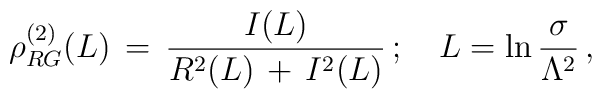
\rho^{(2)}_{RG} (L)\,=\,\frac{I(L)}{R^2(L)\,+\,I^2(L)}\, ;\quad L=\ln\frac{\sigma}{\Lambda^2}\, ,